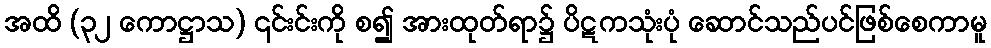
အထိ (၃၂ ကောဋ္ဌာသ) ၎င်းင်းကို စ၍ အားထုတ်ရာ၌ ပိဋကသုံးပုံ ဆောင်သည်ပင်ဖြစ်စေကာမူ